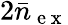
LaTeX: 2\bar{n}_{\mathrm{~e~x~}}